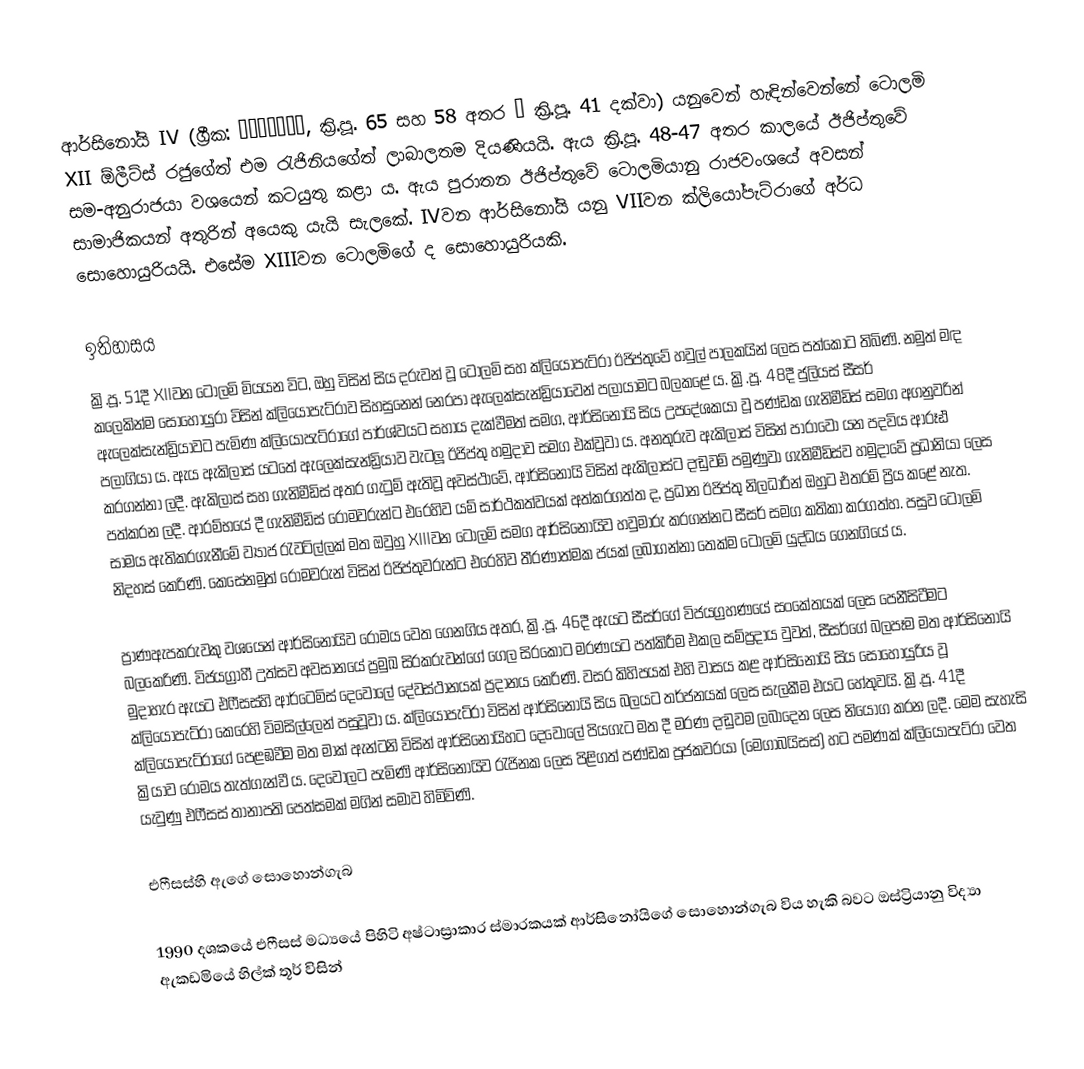
ආර්සිනෝයි IV (ග්‍රීක: Ἀρσινόη, ක්‍රි.පූ. 65 සහ 58 අතර – ක්‍රි.පූ. 41 දක්වා) යනුවෙන් හැඳින්වෙන්නේ ටොලමි XII ඕලීට්ස් රජුගේත් එම රැජිනියගේත් ලාබාලතම දියණියයි. ඇය ක්‍රි.පූ. 48-47 අතර කාලයේ ඊජිප්තුවේ සම-අනුරාජයා වශයෙන් කටයුතු කළා ය. ඇය පුරාතන ඊජිප්තුවේ ටොලමියානු රාජවංශයේ අවසන් සාමාජිකයන් අතුරින් අයෙකු යැයි සැලකේ. IVවන ආර්සිනෝයි යනු VIIවන ක්ලියෝපැට්රාගේ අර්ධ සොහොයුරියයි. එසේම XIIIවන ටොලමිගේ ද සොහොයුරියකි.

ඉතිහාසය
ක්‍රි.පූ. 51දී XIIවන ටොලමි මියයන විට, ඔහු විසින් සිය දරුවන් වූ ටොලමි සහ ක්ලියෝපැට්රා ඊජිප්තුවේ හවුල් පාලකයින් ලෙස පත්කොට තිබිණි. නමුත් මඳ කලෙකින්ම සොහොයුරා විසින් ක්ලියෝපැට්රාව සිහසුනෙන් නෙරපා ඇලෙක්සැන්ඩ්‍රියාවෙන් පලායාමට බලකළේ ය. ක්‍රි.පූ. 48දී ජුලියස් සීසර් ඇලෙක්සැන්ඩ්‍රියාවට පැමිණ ක්ලියෝපැට්රාගේ පාර්ශ්වයට සහාය දැක්වීමත් සමග, ආර්සිනෝයි සිය උපදේශකයා වූ පණ්ඩක ගැනිමීඩිස් සමග අගනුවරින් පලාගියා ය. ඇය ඇකිලාස් යටතේ ඇලෙක්සැන්ඩ්‍රියාව වැටලූ ඊජිප්තු හමුදාව සමග එක්වූවා ය. අනතුරුව ඇකිලාස් විසින් පාරාවෝ යන පදවිය ආරූඪ කරගන්නා ලදී. ඇකිලාස් සහ ගැනිමීඩිස් අතර ගැටුම් ඇතිවූ අවස්ථාවේ, ආර්සිනෝයි විසින් ඇකිලාස්ට දඬුවම් පමුණුවා ගැනිමීඩිස්ව හමුදාවේ ප්‍රධානියා ලෙස පත්කරන ලදී. ආරම්භයේ දී ගැනිමීඩිස් රෝමවරුන්ට එරෙහිව යම් සාර්ථකත්වයක් අත්කරගත්ත ද, ප්‍රධාන ඊජිප්තු නිලධාරීන් ඔහුට එතරම් ප්‍රිය කළේ නැත. සාමය ඇතිකරගැනීමේ ව්‍යාජ රැවටිල්ලක් මත ඔවුහු XIIIවන ටොලමි සමග ආර්සිනෝයිව හවුමාරු කරගන්නට සීසර් සමග කතිකා කරගත්හ. පසුව ටොලමි නිදහස් කෙරිණි. කෙසේනමුත් රෝමවරුන් විසින් ඊජිප්තුවරුන්ට එරෙහිව තීරණාත්මක ජයක් ලබාගන්නා තෙක්ම ටොලමි යුද්ධය ගෙනගියේ ය.

ප්‍රාණඇපකරුවකු වශයෙන් ආර්සිනෝයිව රෝමය වෙත ගෙනගිය අතර, ක්‍රි.පූ. 46දී ඇයට සීසර්ගේ විජයග්‍රහණයේ සංකේතයක් ලෙස පෙනීසිටීමට බලකෙරිණි. විජයග්‍රාහී උත්සව අවසානයේ ප්‍රමුඛ සිරකරුවන්ගේ ගෙල සිරකොට මරණයට පත්කිරීම එකල සම්ප්‍රදාය වුවත්, සීසර්ගේ බලපෑම මත ආර්සිනෝයි මුදාහැර ඇයට එෆීසස්හි ආර්ටෙමිස් දෙවොලේ දේවස්ථානයක් ප්‍රදානය කෙරිණි. වසර කිහිපයක් එහි වාසය කළ ආර්සිනෝයි සිය සොහොයුරිය වූ ක්ලියෝපැට්රා කෙරෙහි විමසිල්ලෙන් පසුවූවා ය. ක්ලියෝපැට්රා විසින් ආර්සිනෝයි සිය බලයට තර්ජනයක් ලෙස සැලකීම එයට හේතුවයි. ක්‍රි.පූ. 41දී ක්ලියෝපැට්රාගේ පෙළඹවීම මත මාක් ඇන්ටනි විසින් ආර්සිනෝයිහට දෙවොලේ පියගැට මත දී මරණ දඬුවම ලබාදෙන ලෙස නියෝග කරන ලදී. මෙම සැහැසි ක්‍රියාව රෝමය තැත්ගැන්වී ය. දෙවොලට පැමිණි ආර්සිනෝයිව රැජිනක ලෙස පිළිගත් පණ්ඩක පූජකවරයා (මෙගාබයිසස්) හට පමණක් ක්ලියෝපැට්රා වෙත යැවුණු එෆීසස් තානාපති පෙත්සමක් මගින් සමාව හිමිවිණි.

එෆීසස්හි ඇගේ සොහොන්ගැබ

1990 දශකයේ එෆීසස් මධ්‍යයේ පිහිටි අෂ්ටාස්‍රාකාර ස්මාරකයක් ආර්සිනෝයිගේ සොහොන්ගැබ විය හැකි බවට ඔස්ට්‍රියානු විද්‍යා ඇකඩමියේ හිල්ක් තූර් විසින්